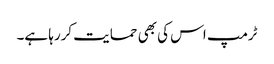
ٹرمپ اس کی بھی حمایت کررہا ہے۔